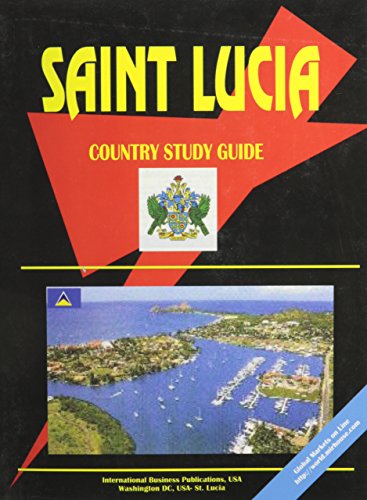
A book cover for Saint Lucia Country Study Guide; Ibp Usa; Travel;